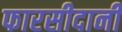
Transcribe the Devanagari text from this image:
फारसीदानी